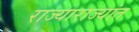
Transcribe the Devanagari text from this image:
राज्याराज्यांत